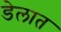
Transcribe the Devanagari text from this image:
डेलात